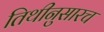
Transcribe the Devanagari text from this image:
तिथीनुसारच